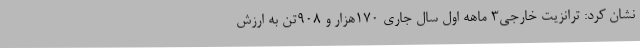
نشان کرد: ترانزیت خارجی3 ماهه اول سال جاری 170هزار و 908تن به ارزش